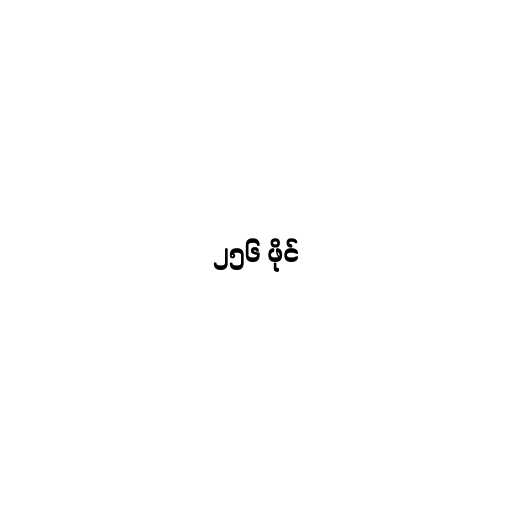
၂၅၆ ဖိုင်